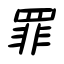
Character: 罪